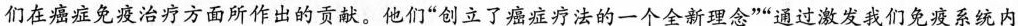
们在癌症免疫治疗方面所作出的贡献。他们“创立了癌症疗法的一个全新理念”“通过激发我们免疫系统内